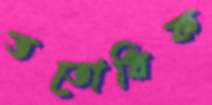
ততোধিক